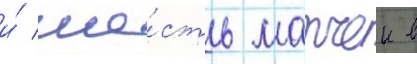
и́ ше́сть матчеи в